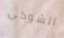
الشوكي